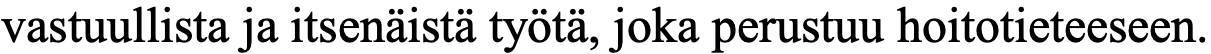
vastuullista ja itsenäistä työtä, joka perustuu hoitotieteeseen.